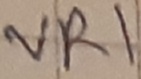
Text: VR1